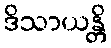
ဒိသာယန္တိ